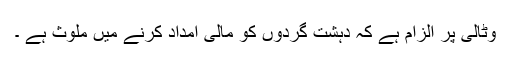
وٹالی پر الزام ہے کہ دہشت گردوں کو مالی امداد کرنے میں ملوث ہے ۔